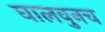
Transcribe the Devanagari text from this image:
घालवुनच